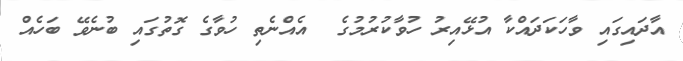
އާދައިގައި ވާހަކަދައްކާ އުޅޭއިރު ހުވާކުރުމުގެ  އެއްނެތި ހުވާގެ ގޮތުގައި ބުނެވޭ ބަހެއް